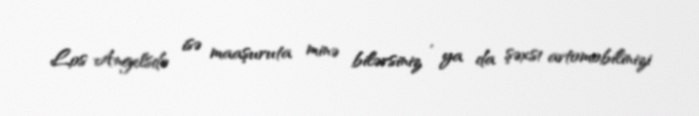
Los Angelsdə isə maaşuruta minə bilərsiniz , ya da şəxs1 avtomobilinizi